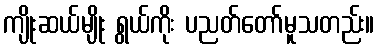
ကျိုးဆယ်မျိုး ရွယ်ကိုး ပညတ်တော်မူသတည်း။